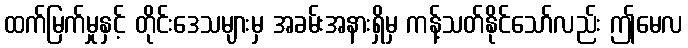
ထက်မြက်မှုနှင့် တိုင်းဒေသများမှ အခမ်းအနားရှိမှ ကန့်သတ်နိုင်သော်လည်း ဤမေလ